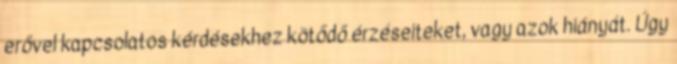
erővel kapcsolatos kérdésekhez kötődő érzéseiteket, vagy azok hiányát. Úgy